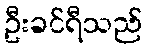
ဦးခင်ရီသည်